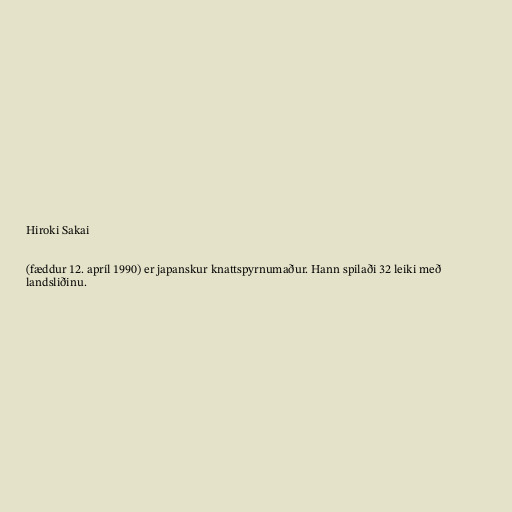
Hiroki Sakai

(fæddur 12. apríl 1990) er japanskur knattspyrnumaður. Hann spilaði 32 leiki með
landsliðinu.